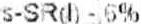
S-SR(L)-5%